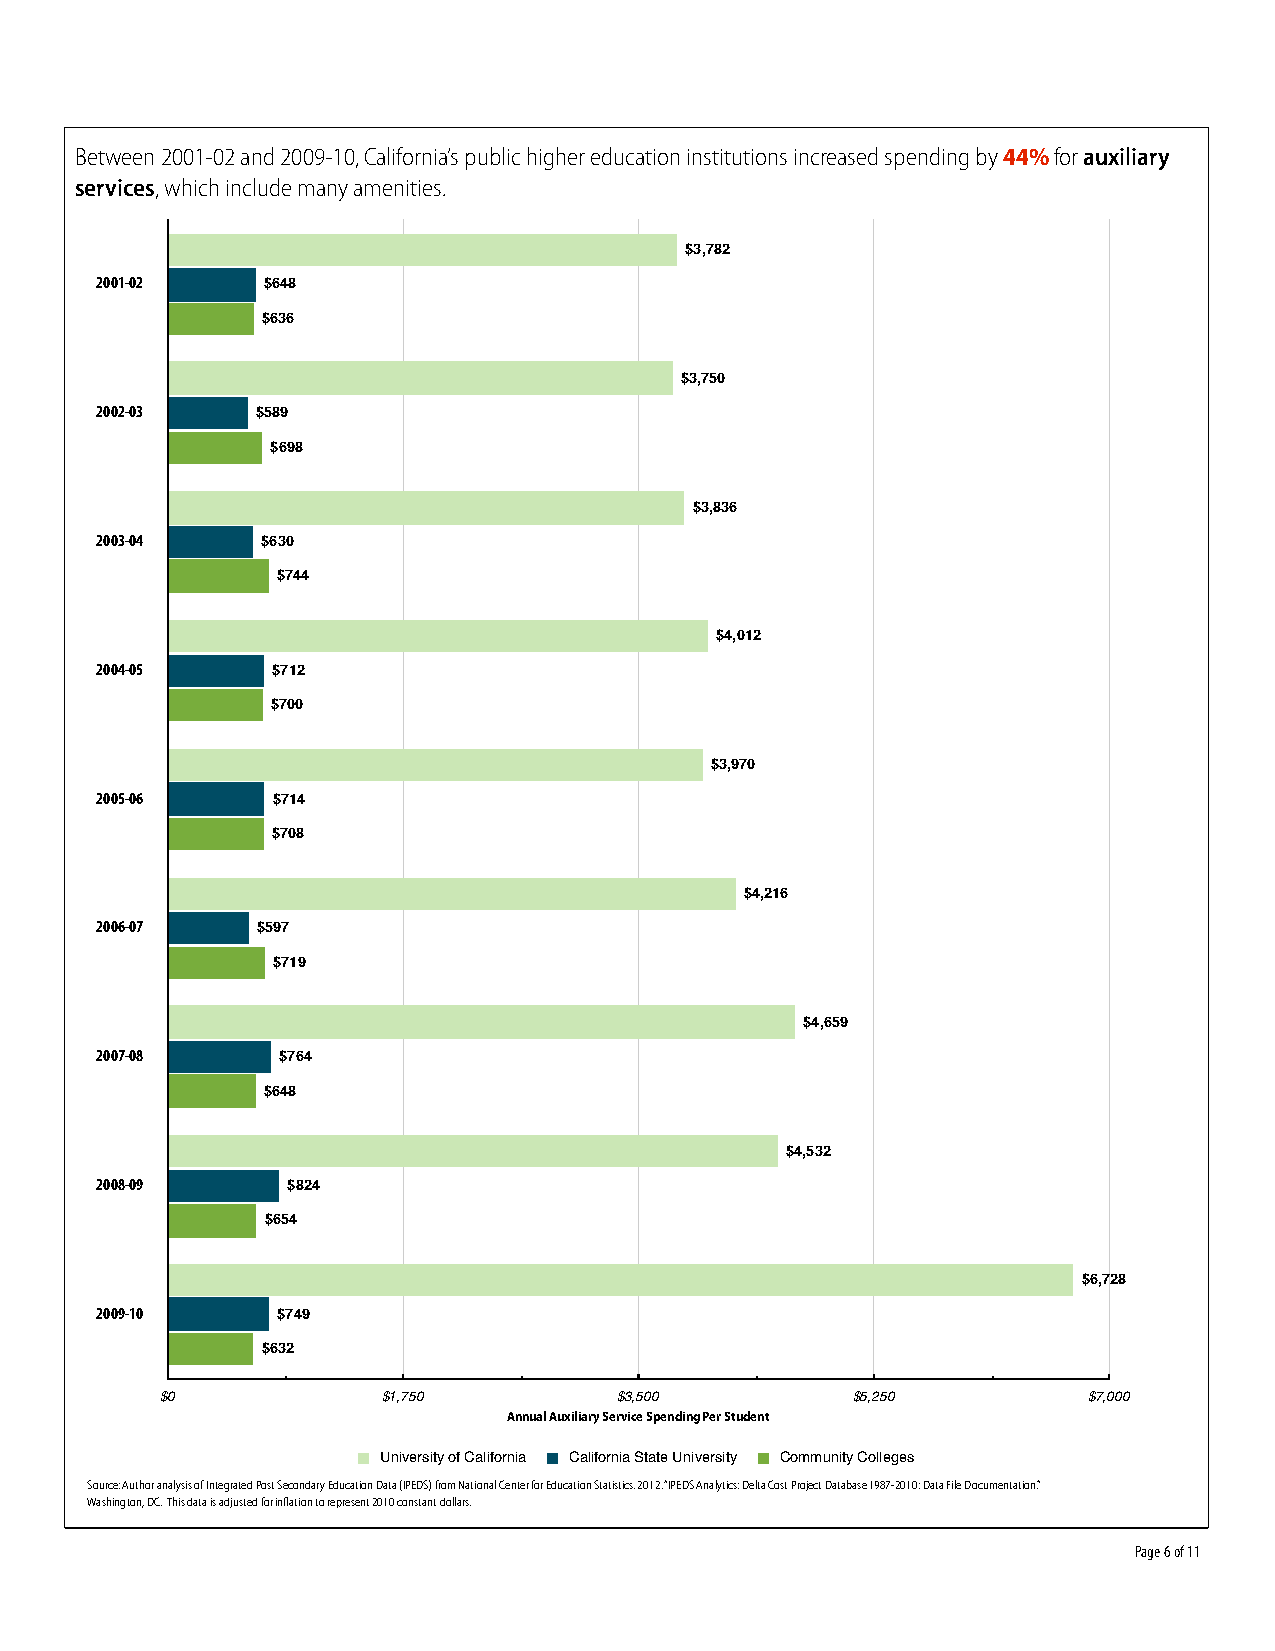
Between 2001-02 and 2009-10, California’s public higher education institutions increased spending by 44% for auxiliary
 services, which include many amenities.
 $3,782
 2001-02    $648
 $636
 $3,750
 2002-03    $589
 $698
 $3,836
 2003-04    $630
 $744
 $4,012
 2004-05     $712
 $700
 $3,970
 2005-06     $714
 $708
 $4,216
 2006-07    $597
 $719
 $4,659
 2007-08     $764
 $648
 $4,532
 2008-09      $824
 $654
 $6,728
 2009-10     $749
 $632
 $0            $1,750          $3,500         $5,250          $7,000
 Annual Auxiliary Service Spending Per Student
 University of California California State University Community Colleges
 Source: Author analysis of Integrated Post Secondary Education Data (IPEDS) from National Center for Education Statistics. 2012. “IPEDS Analytics: Delta Cost Project Database 1987-2010: Data File Documentation.”
 Washington, DC. This data is adjusted for inflation to represent 2010 constant dollars.
 Page 6 of 11